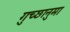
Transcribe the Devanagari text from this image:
गुच्छानुमा